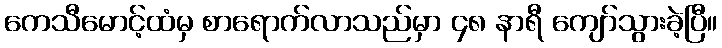
ကေသီမောင့်ထံမှ စာရောက်လာသည်မှာ ၄၈ နာရီ ကျော်သွားခဲ့ပြီ။